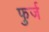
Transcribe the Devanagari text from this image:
फुर्ज